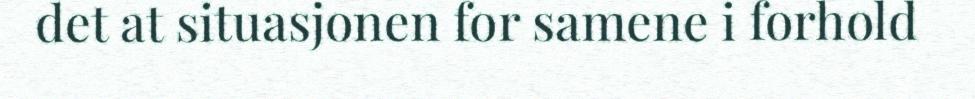
det at situasjonen for samene i forhold